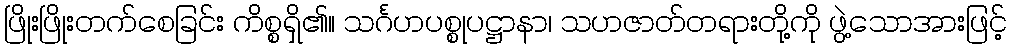
ဖြိုးဖြိုးတက်စေခြင်း ကိစ္စရှိ၏။ သင်္ဂဟပစ္စုပဋ္ဌာနာ၊ သဟဇာတ်တရားတို့ကို ဖွဲ့သောအားဖြင့်